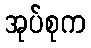
အုပ်စုက